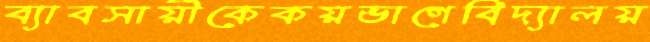
ব্যাবসায়ীকেকয়ভাগেবিদ্যালয়